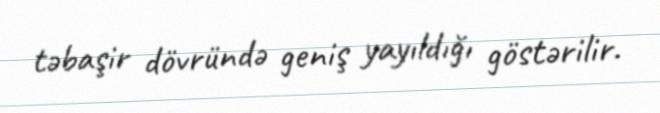
təbaşir dövründə geniş yayıldığı göstərilir.